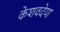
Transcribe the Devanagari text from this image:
केशवदेया